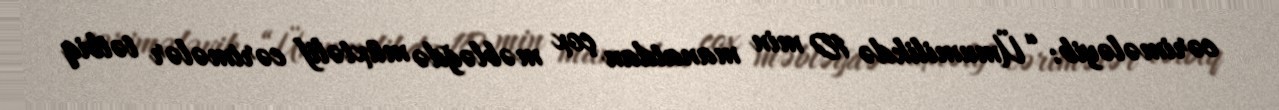
cərimələyib: “Ümumilikdə 10 min manatdan çox məbləğdə müxtəlif cərimələr tətbiq